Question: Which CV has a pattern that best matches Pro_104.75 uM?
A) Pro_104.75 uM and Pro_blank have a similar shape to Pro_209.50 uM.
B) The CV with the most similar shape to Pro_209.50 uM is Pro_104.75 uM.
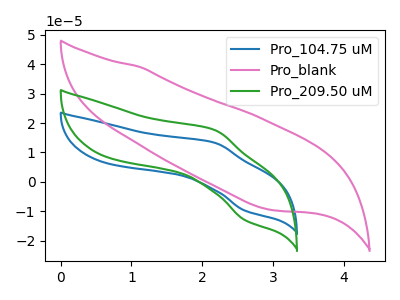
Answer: <think>The blue curve "Pro_104.75 uM" has an anodic peak at (2.15V, 13.30uA) and a cathodic peak at (2.60V, -9.80uA). The pink curve "Pro_blank" has no peaks. The green curve "Pro_209.50 uM" has an anodic peak at (2.15V, 17.65uA) and a cathodic peak at (2.60V, -13.00uA).
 "Pro_104.75 uM" and "Pro_blank" have a different number of peaks. All the peaks in "Pro_104.75 uM" have a peak in "Pro_209.50 uM" at the same potential. Every peak in "Pro_104.75 uM" is lower than every peak in "Pro_209.50 uM". "Pro_blank" and "Pro_209.50 uM" have a different number of peaks.</think>
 <answer>B) The CV with the most similar shape to "Pro_209.50 uM" is "Pro_104.75 uM".</answer>
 <eval>B</eval>